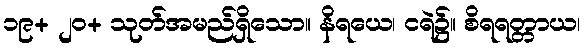
၁၉+ ၂၀+ သုတ်အမည်ရှိသော။ နိရယေ၊ ငရဲ၌။ စိရရတ္တာယ၊